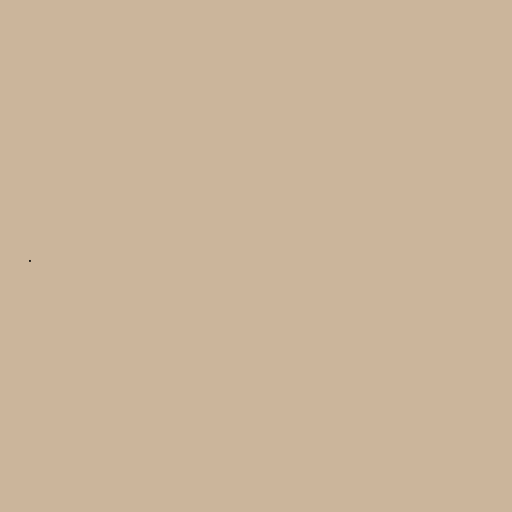
.